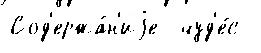
Сод'ержа́н'иjе  чуд'е́с